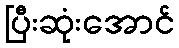
ပြီးဆုံးအောင်